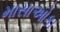
માસાઓકા